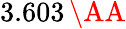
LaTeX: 3.603\, \AA